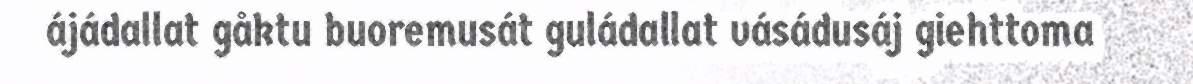
ájádallat gåktu buoremusát guládallat vásádusáj giehttoma